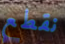
نقطع